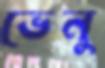
ভেনু